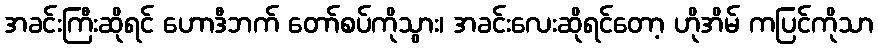
အခင်းကြီးဆိုရင် ဟောဒီဘက် တော်စပ်ကိုသွား၊ အခင်းလေးဆိုရင်တော့ ဟိုအိမ် ကပြင်ကိုသာ